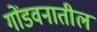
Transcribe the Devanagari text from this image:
गोंडवनातील